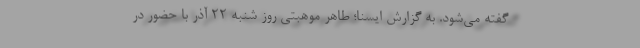
گفته می‌شود. به گزارش ایسنا؛ طاهر موهبتی روز شنبه ۲۲ آذر با حضور در